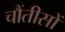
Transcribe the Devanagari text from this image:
चौंतीसों